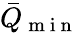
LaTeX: \bar{Q}_{\mathrm{~m~i~n~}}